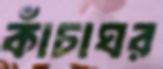
কাঁচাঘর